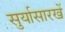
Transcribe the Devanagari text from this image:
सुर्यासारखें